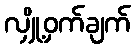
လျှို့ဝှက်ချက်